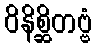
ဝိနိစ္ဆိတဗ္ဗံ